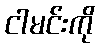
ငါမင်းကို